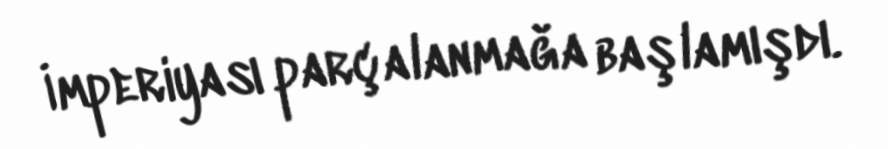
İmperiyası parçalanmağa başlamışdı.